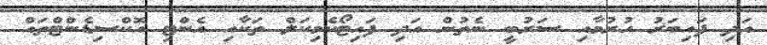
އަދި ފައިބަރު ހުރުމާއި ސަރުބީ ނެތުން އަދި ފައިޓޯކެމިކަލް ތަކާއި އެންޓި އޮކްސިޑެންޓްތައް